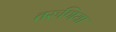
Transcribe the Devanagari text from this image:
तरुणिया